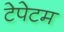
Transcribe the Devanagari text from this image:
टेपेटम